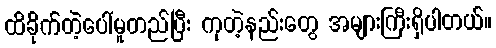
ထိခိုက်တဲ့ပေါ်မူတည်ပြီး ကုတဲ့နည်းတွေ အများကြီးရှိပါတယ်။